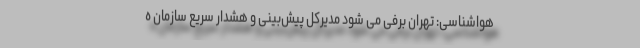
هواشناسی: تهران برفی می شود مدیرکل پیش‌بینی و هشدار سریع سازمان ه